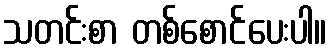
သတင်းစာ တစ်စောင်ပေးပါ။